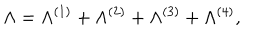
\Lambda = \Lambda ^ { ( 1 ) } + \Lambda ^ { ( 2 ) } + \Lambda ^ { ( 3 ) } + \Lambda ^ { ( 4 ) } ,